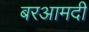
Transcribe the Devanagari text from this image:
बरआमदी